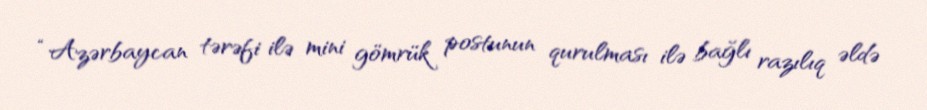
“Azərbaycan tərəfi ilə mini gömrük postunun qurulması ilə bağlı razılıq əldə